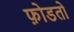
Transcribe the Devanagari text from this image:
फ़ोडतो